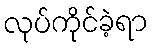
လုပ်ကိုင်ခဲ့ရာ